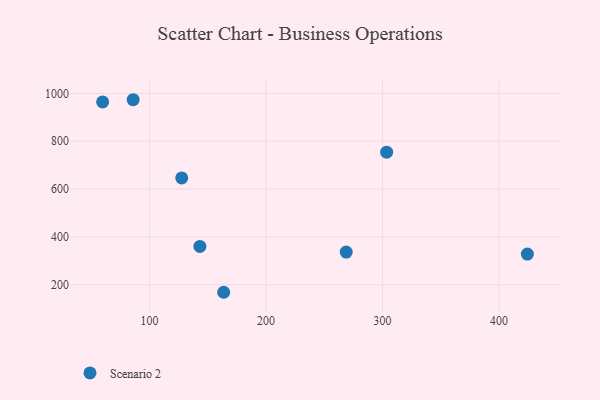
{"axis": {"x": "Distance", "y": "Fuel Efficiency"}, "legend": ["Scenario 2"], "data": [{"x": "303.6", "y": 754.6, "type": "Scenario 2"}, {"x": "424.4", "y": 328.3, "type": "Scenario 2"}, {"x": "59.8", "y": 964.7, "type": "Scenario 2"}, {"x": "86.0", "y": 973.8, "type": "Scenario 2"}, {"x": "127.7", "y": 646.9, "type": "Scenario 2"}, {"x": "143.3", "y": 360.2, "type": "Scenario 2"}, {"x": "163.7", "y": 168.5, "type": "Scenario 2"}, {"x": "268.9", "y": 336.7, "type": "Scenario 2"}]}